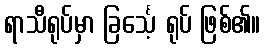
ရာသီရုပ်မှာ ခြင်္သေ့ ရုပ် ဖြစ်၏။